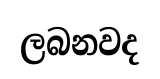
ලබනවද